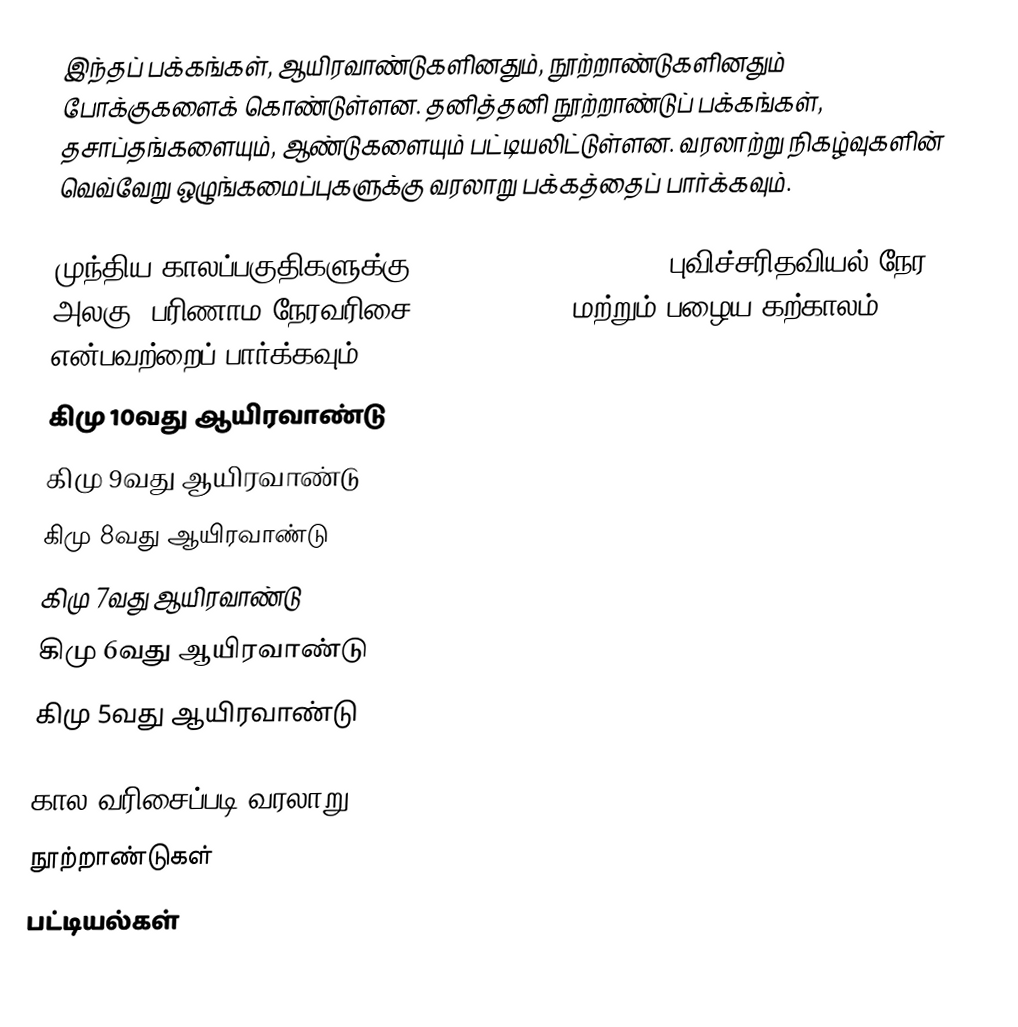
இந்தப் பக்கங்கள், ஆயிரவாண்டுகளினதும், நூற்றாண்டுகளினதும் போக்குகளைக் கொண்டுள்ளன. தனித்தனி நூற்றாண்டுப் பக்கங்கள், தசாப்தங்களையும், ஆண்டுகளையும் பட்டியலிட்டுள்ளன. வரலாற்று நிகழ்வுகளின் வெவ்வேறு ஒழுங்கமைப்புகளுக்கு வரலாறு பக்கத்தைப் பார்க்கவும்.

முந்திய காலப்பகுதிகளுக்கு cosmological timeline, புவிச்சரிதவியல் நேர அலகு, பரிணாம நேரவரிசை, pleistocene, மற்றும் பழைய கற்காலம் என்பவற்றைப் பார்க்கவும்..
 கிமு 10வது ஆயிரவாண்டு
 கிமு 9வது ஆயிரவாண்டு
 கிமு 8வது ஆயிரவாண்டு
 கிமு 7வது ஆயிரவாண்டு
 கிமு 6வது ஆயிரவாண்டு
 கிமு 5வது ஆயிரவாண்டு

கால வரிசைப்படி வரலாறு
நூற்றாண்டுகள்
பட்டியல்கள்